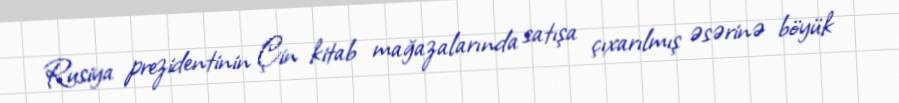
Rusiya prezidentinin Çin kitab mağazalarında satışa çıxarılmış əsərinə böyük